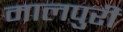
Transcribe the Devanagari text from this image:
मालपुरी